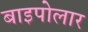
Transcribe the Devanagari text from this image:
बाइपोलार